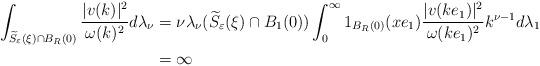
LaTeX: \begin{align*}\int_{\widetilde{S}_\varepsilon(\xi)\cap B_R(0)}\frac{\lvert v(k)\lvert^2 }{\omega(k)^2}d\lambda_\nu&=\nu \lambda_\nu(\widetilde{S}_\varepsilon(\xi) \cap B_1(0))\int_{0}^\infty 1_{B_R(0)}(xe_1)\frac{\lvert v(ke_1)\lvert^2 }{\omega(ke_1)^2}k^{\nu-1}d\lambda_1\\&=\infty\end{align*}